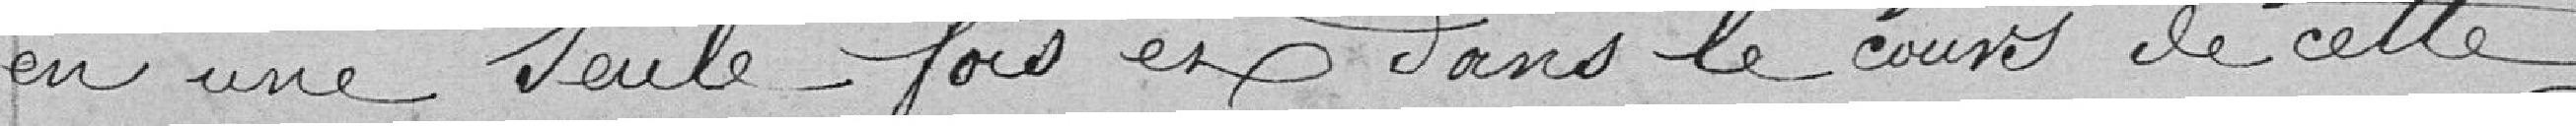
en une seule fois et dans le cours de cette